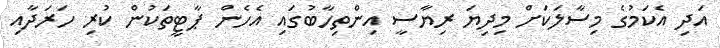
އަދި އެކަމުގެ މިސާލަކަށް މިދިޔަ ރިޔާސީ އިންތިހާބުގައި އެހެން ޕާޓީތަކުން ކުރި ހަރަދާއި